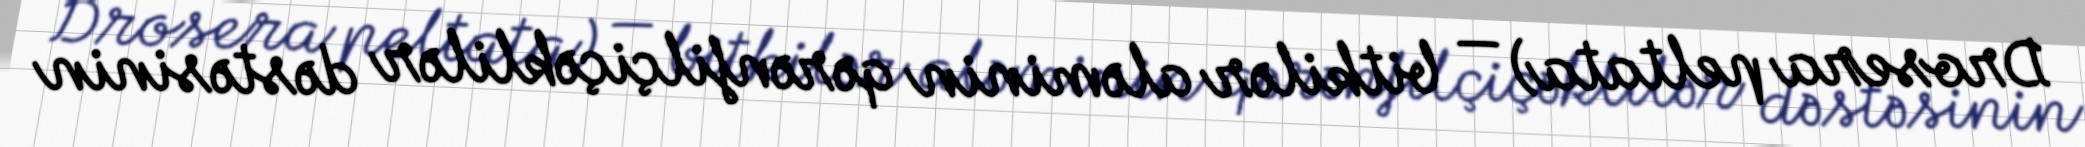
Drosera peltata) — bitkilər aləminin qərənfilçiçəklilər dəstəsinin